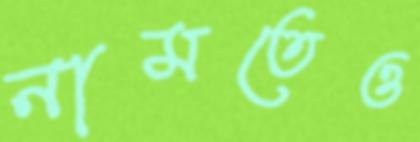
নামতেও